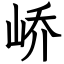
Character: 峤